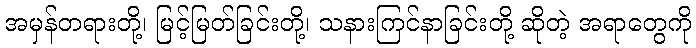
အမှန်တရားတို့၊ မြင့်မြတ်ခြင်းတို့၊ သနားကြင်နာခြင်းတို့ ဆိုတဲ့ အရာတွေကို